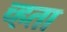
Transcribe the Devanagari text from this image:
च्हता